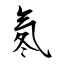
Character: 氡